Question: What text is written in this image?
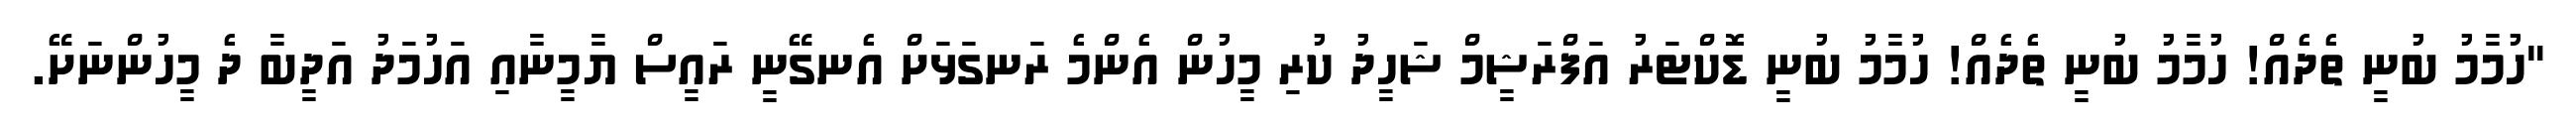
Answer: "ހުމާމު ބުނީ ތެދެއް! ހުމާމު ބުނީ ތެދެއް! ހުމާމު ބުނީ ޑޮކްޓަރު އަފްރަޝީމް ޝަހީދު ކުރި މީހުން އެންމެ ރަނގަޅަށް އެނގޭނީ ރައީސް ޔާމީނާއި އަހުމަދު އަދީބާ ދެ މީހުންނަށޭ.